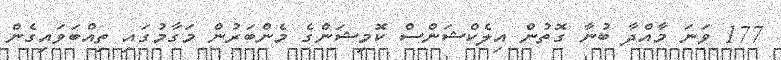
177 ވަނަ މާއްދާ ބުނާ ގޮތުން އިލެކްޝަންސް ކޮމިޝަންގެ މެންބަރުން މަގާމުގައި ތިއްބަވައިގެން